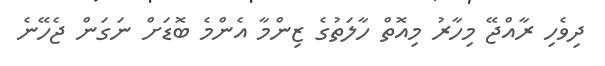
ދިވެހި ރާއްޖޭ މިހާރު މިއޮތް ހާލަތުގެ ޒިންމާ އެންމެ ބޮޑަށް ނަގަން ޖެހޭނެ